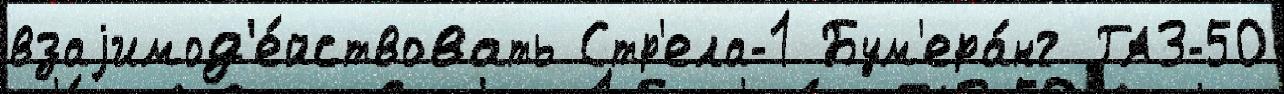
взаjимод'е́йствовать Стр'ела-1 Бум'ера́нг ГАЗ-50